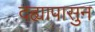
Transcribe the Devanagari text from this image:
दह्यापासुन